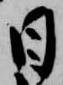
日